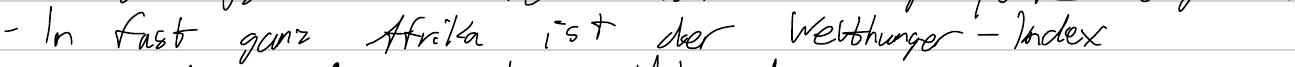
- In fast ganz Afrika ist der Welthunger-Index